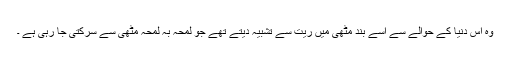
وہ اس دنیا کے حوالے سے اسے بند مٹھی میں ریت سے تشبیہ دیتے تھے جو لمحہ بہ لمحہ مٹھی سے سرکتی جا رہی ہے ۔